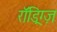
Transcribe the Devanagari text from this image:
रॉड्रिग्ज़